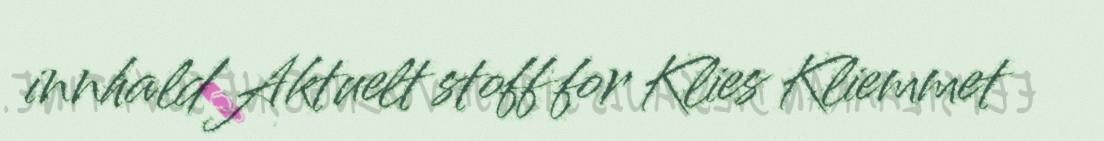
innhald Aktuelt stoff for Klies Kliemmet